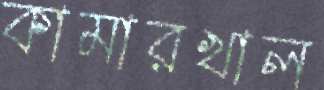
কামারখাল